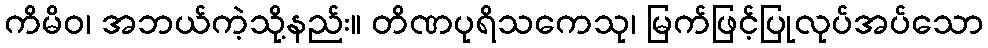
ကိမိဝ၊ အဘယ်ကဲ့သို့နည်း။ တိဏပုရိသကေသု၊ မြက်ဖြင့်ပြုလုပ်အပ်သော